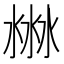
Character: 㴇